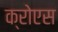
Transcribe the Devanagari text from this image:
क्रोएस